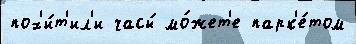
пох'и́т'ил'и часы́ мо́жет'е парк'е́том